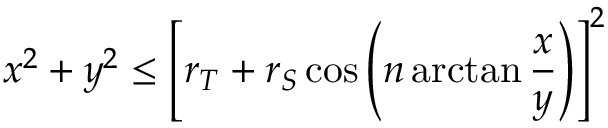
x ^ { 2 } + y ^ { 2 } \leq \left[ r _ { T } + r _ { S } \cos \left( n \arctan { \frac { x } { y } } \right) \right] ^ { 2 }